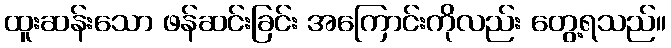
ထူးဆန်းသော ဖန်ဆင်းခြင်း အကြောင်းကိုလည်း တွေ့ရသည်။